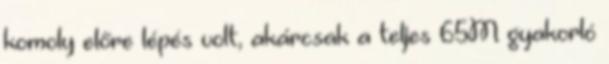
komoly előre lépés volt, akárcsak a teljes 65M gyakorló